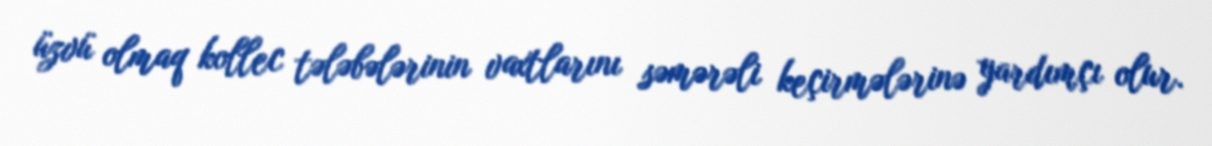
üzvü olmaq kollec tələbələrinin vaxtlarını səmərəli keçirmələrinə yardımçı olur.